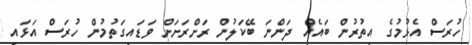
ހުރަސް އެޅުމުގެ އިތުރުން ބައެއް ދަންނަ ބޭކަލުން ރަށްރަށަށް ވަޑައިގަތުމުން ހުރަސް އަޅައި